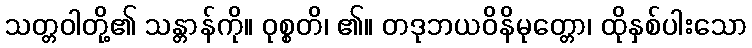
သတ္တဝါတို့၏ သန္တာန်ကို။ ဝုစ္စတိ၊ ၏။ တဒုဘယဝိနိမုတ္တော၊ ထိုနှစ်ပါးသော